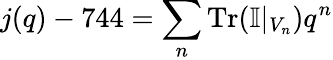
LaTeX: j(q)-744=\sum_{n}\mathrm{Tr}(\mathbb{I}|_{V_{n}})q^{n}